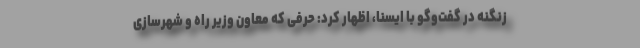
زنگنه در گفت‌وگو با ایسنا، اظهار کرد: حرفی که معاون وزیر راه و شهرسازی